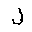
Letter: _lam